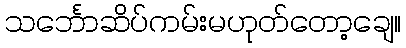
သင်္ဘောဆိပ်ကမ်းမဟုတ်တော့ချေ။